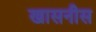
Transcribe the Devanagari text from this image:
खासनीस